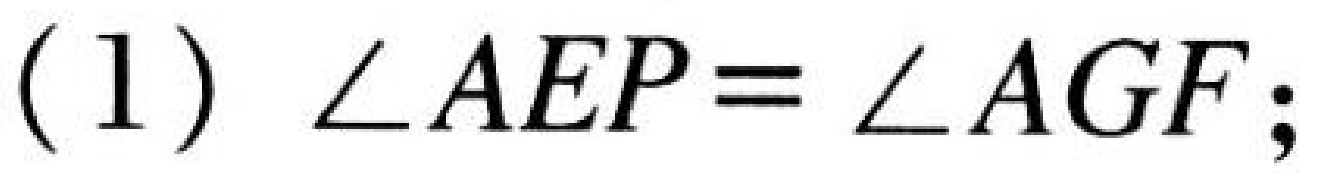
(1) \(\angle AEP=\angle AGF\);